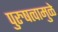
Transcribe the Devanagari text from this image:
पुरुषत्वामुळे